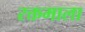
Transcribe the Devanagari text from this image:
रक्तमाला